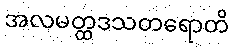
အလမတ္ထဒသတရောတိ